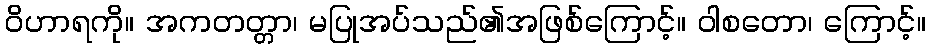
ဝိဟာရကို။ အကတတ္တာ၊ မပြုအပ်သည်၏အဖြစ်ကြောင့်။ ဝါစတော၊ ကြောင့်။